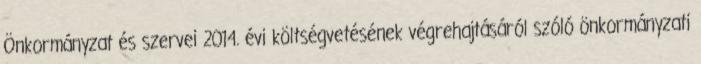
Önkormányzat és szervei 2014. évi költségvetésének végrehajtásáról szóló önkormányzati